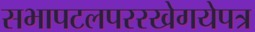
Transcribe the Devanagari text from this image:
सभापटलपररखेगयेपत्र